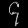
Digit: ၄